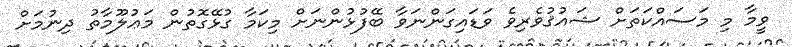
ވީމާ މި މަސައްކަތަށް ޝައުޤުވެރިވެ ވަޑައިގަންނަވާ ބޭފުޅުންނަށް މިކަމާ ގުޅޭގޮތުން މަޢުލޫމާތު ދިނުމަށް